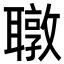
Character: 𬚧